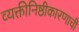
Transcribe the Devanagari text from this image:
व्यक्तीनिष्ठीकारणाची